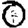
Digit: 0